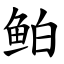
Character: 鲌